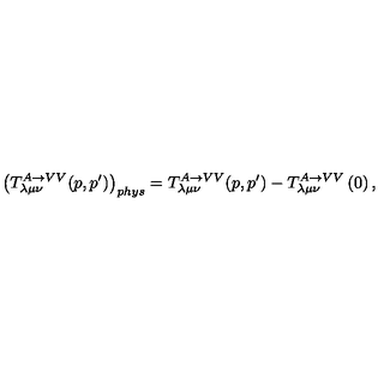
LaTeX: \left( T _ { \lambda \mu \nu } ^ { A \rightarrow V V } ( p , p ^ { \prime } ) \right) _ { p h y s } = T _ { \lambda \mu \nu } ^ { A \rightarrow V V } ( p , p ^ { \prime } ) - T _ { \lambda \mu \nu } ^ { A \rightarrow V V } \left( 0 \right) ,